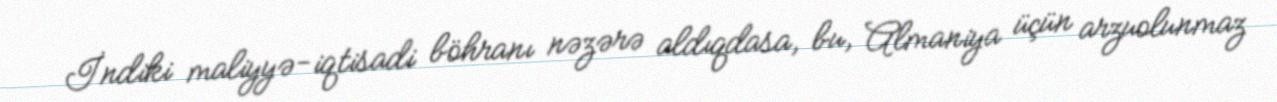
İndiki maliyyə-iqtisadi böhranı nəzərə aldıqdasa, bu, Almaniya üçün arzuolunmaz